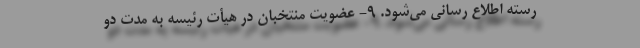
رسته اطلاع رسانی می‌شود. ۹- عضویت منتخبان در هیأت رئیسه به مدت دو